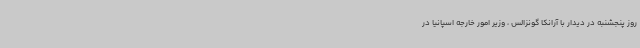
روز پنجشنبه در دیدار با آرانکا گونزالس ، وزیر امور خارجه اسپانیا در